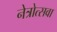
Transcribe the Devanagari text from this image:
नेत्रोत्सवा